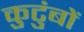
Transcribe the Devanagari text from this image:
कुटुंबों